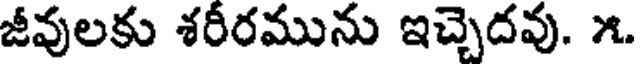
జీవులకు శరీరమును ఇచ్చెదవు. ౫.